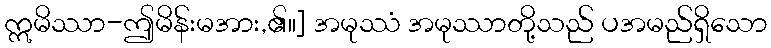
ဣမိဿာ-ဤမိန်းမအား,၏။] အမုဿံ အမုဿာတို့သည် ပအမည်ရှိသော